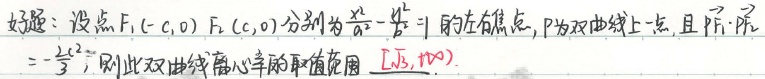
好题：设点\(F_1(-c,0)\)，\(F_2(c,0)\)分别为\(\frac{x^{2}}{a^{2}}-\frac{y^{2}}{b^{2}} = 1\)的左右焦点，\(P\)为双曲线上一点，且\(\overrightarrow{PF_1}\cdot\overrightarrow{PF_2}=-\frac{c^{2}}{3}\)，则此双曲线离心率的取值范围是\([\sqrt{3},+\infty)\)。